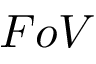
F o V